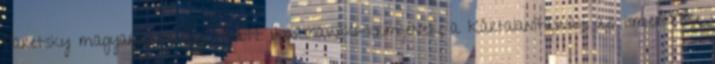
Paretsky magyarul tavaly kiadott Warshawski-krimijének, a Kártalanításnak az ismertetője